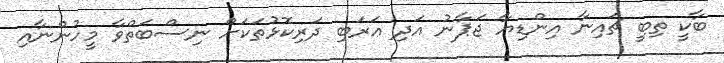
ބާކީ ތިބީ ޗައިނާ އިންޑިޔާ ޖަޕާނު އަދި ޢަރަބި ދަރިކޮޅުތަކަށް ނިސްބަތްވާ މީހުންނާއި